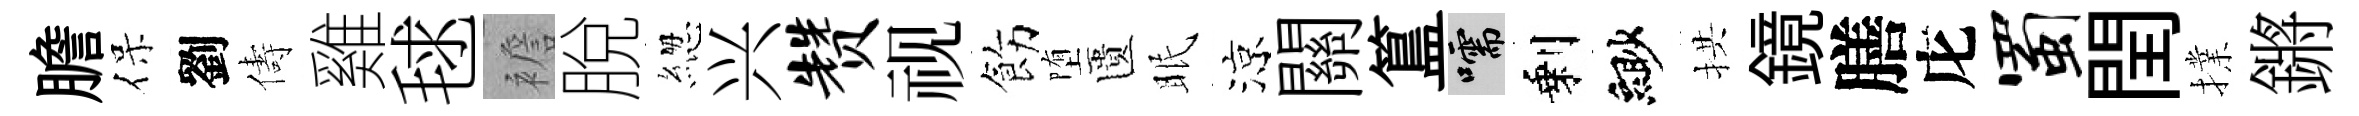
膽保劉儔雞毬襜脫緫兴赞视飭堕匱眠涼關簋嚅剩緲拱鏡膳庀蜀閏擈鏘